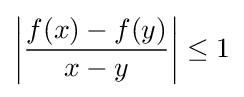
{\bigg |}{\frac {f(x)-f(y)}{x-y}}{\bigg |}\leq 1